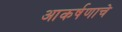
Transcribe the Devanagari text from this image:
आकर्षणाचे